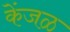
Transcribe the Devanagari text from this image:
केंजळ